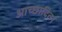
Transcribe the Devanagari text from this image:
आच्छादित।